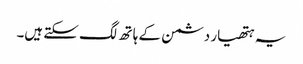
یہ ہتھیار دشمن کے ہاتھ لگ سکتے ہیں۔